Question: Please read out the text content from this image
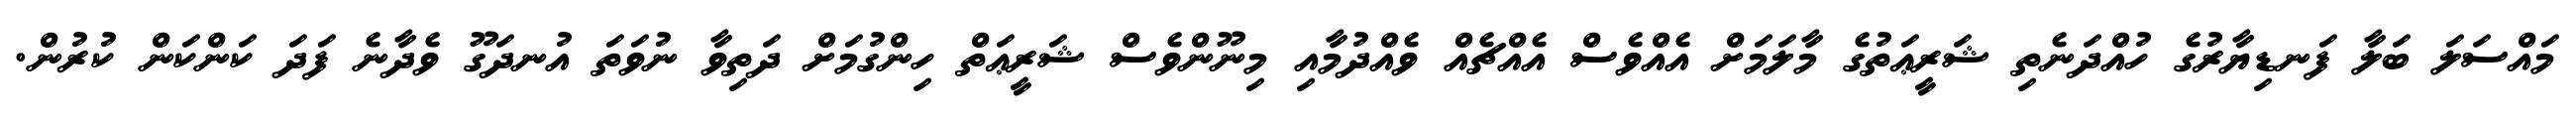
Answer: މައްސަލަ ބަލާ ފަނޑިޔާރުގެ ހުއްދަނެތި ޝަރީޢަތުގެ މާލަމަށް އެއްވެސް އެއްޗެއް ވެއްދުމާއި މިނޫންވެސް ޝަރީޢަތް ހިންގުމަށް ދަތިވާ ނުވަތަ އުނދަގޫ ވެދާނެ ފަދަ ކަންކަން ކުރުން.